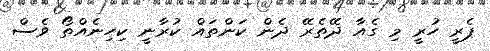
ޕެރީ ހުރީ މި ގެއާ ދޭތެރޭ ދެން ކަންތައް ކުރާނީ ކިހިނެއްތޯ ވެސް